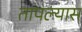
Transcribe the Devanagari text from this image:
तापल्यास